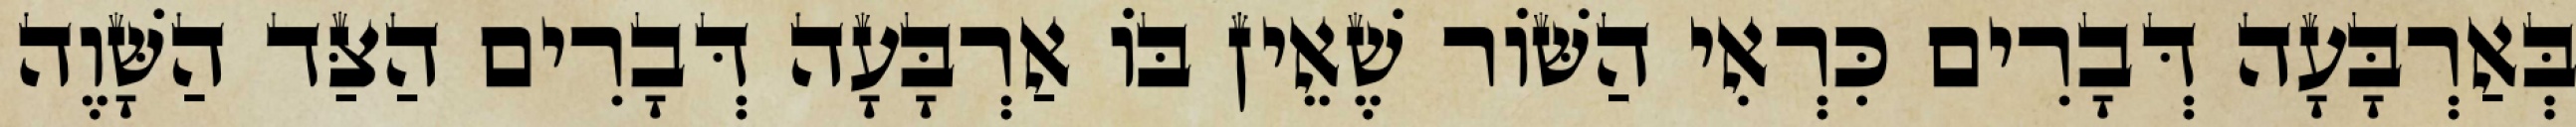
בְּאַרְבָּעָה דְּבָרִים כִּרְאִי הַשּׁוֹר שֶׁאֵין בּוֹ אַרְבָּעָה דְּבָרִים הַצַּד הַשָּׁוֶה